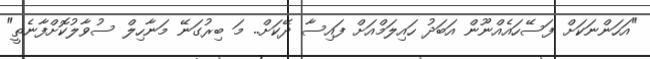
"އަހަންނަކަށް ފަސޭހައެއްނޫން އަބަދު ހައިލަމްއަށް ފައިސާ ދޭކަށް.. މަ ބިރުގަނޭ މަނާހިލް ސުވާލުކޮށްފާނެތީ"